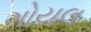
ગોયલ